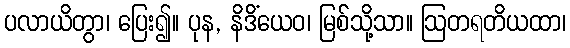
ပလာယိတွာ၊ ပြေး၍။ ပုန, နိဒိံယေဝ၊ မြစ်သို့သာ။ ဩတရတိယထာ၊